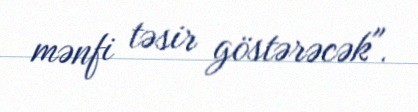
mənfi təsir göstərəcək".